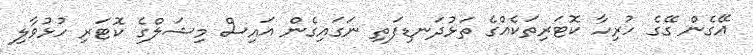
އޭގެން ގޭގެ ހުރިހާ ކޮޓަރިތަކެއްގެ ތަޅުދަނޑިފަތި ނަގައިގެން އައިސް މިޝަލްގެ ކޮޓަރި ހުޅުވާލި